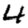
Digit: 4